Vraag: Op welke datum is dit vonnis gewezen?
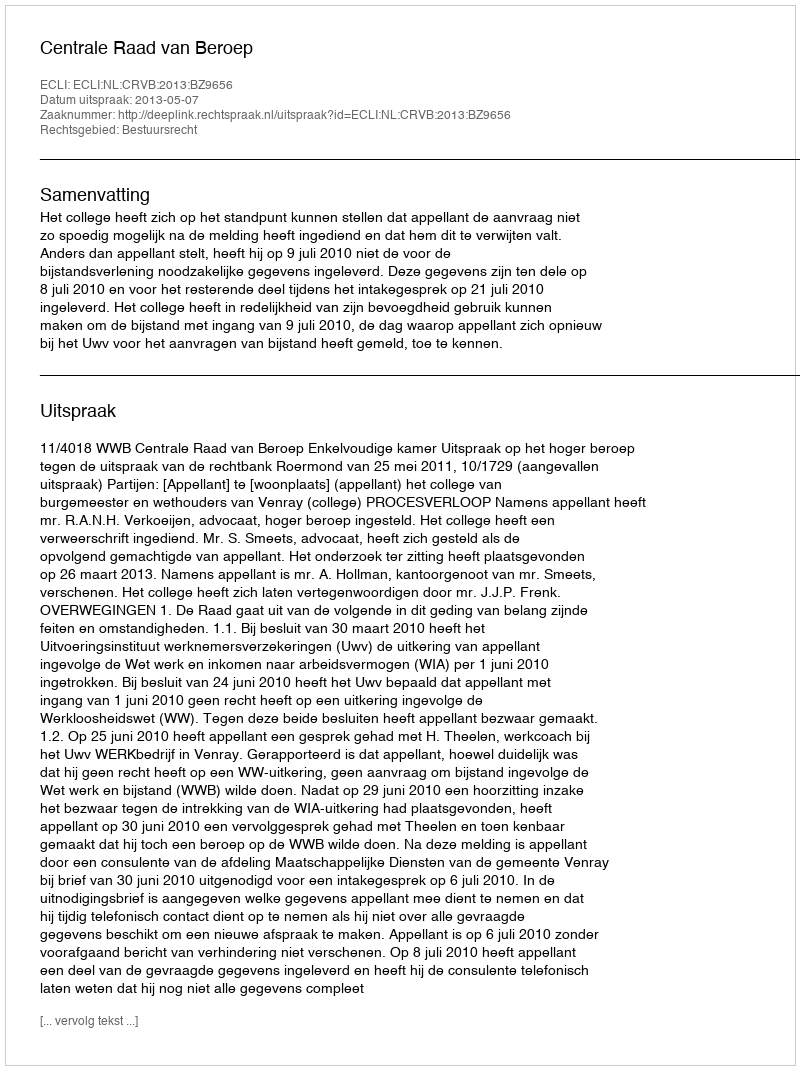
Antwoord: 2013-05-07